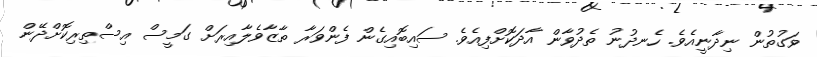
ވަގުތުން ނިދާނީއެވެ. ހެނދުނު ތެދުވާން އާދަކޮށްފިއެވެ. ސައިބޮއިގެން ފެންވަރާ ތާޒާވެލާއިރަށް ގަމީސް އިސްތިރިކޮށްދޭން